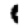
Digit: 1